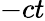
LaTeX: -ct